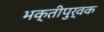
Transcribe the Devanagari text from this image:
भक्‍तीपुर्वक